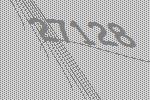
27128